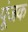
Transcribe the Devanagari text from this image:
पूंजक